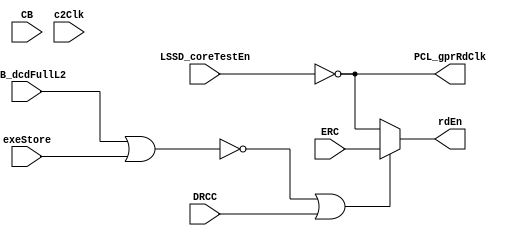
// 
// ************************************************************************** 
// 
//  Copyright (c) International Business Machines Corporation, 2005. 
// 
//  This file contains trade secrets and other proprietary and confidential 
//  information of International Business Machines Corporation which are 
//  protected by copyright and other intellectual property rights and shall 
//  not be reproduced, transferred to other documents, disclosed to others, 
//  or used for any purpose except as specifically authorized in writing by 
//  International Business Machines Corporation. This notice must be 
//  contained as part of this text at all times. 
// 
// ************************************************************************** 
//

//***********************//
// Tbird Change History  //
//***********************//
//
// NAME        DATE      DEFECT                 DESCRIPTION
// ~~~~      ~~~~~~~~    ~~~~~~            ~~~~~~~~~~~~~~~~~~~~~~
// JBB       10/22/02     2297        (1) Brought in new inputs CB1, CB4 and
//                                        output PCL_gprRdClk.  
//                                    
//                                    (2) Added calls to INVERT_E, DELAY6_F, NAND3_D,
//                                        AND2_K , and INVERT_E and wired these in for
//                                        GPR clock gating and delays.
//
// JBB       11/08/02     2299        (1) Removed CB4 from port list.  Input no longer
//                                        needed.
//                                    (2) Changed clock gating structure:
//                                        (a) Removed INVERT_E.v  (clkChopCB4INV)
//                                        (b) Removed AND2_K.v (clkChopAND2)
//                                        (c) Brought PCL_gprRdClk directly
//                                            out of NAND3_D.v (clkChopDlyNAND3)
//                              
//----------------------------------------------------------------------------//

module p405s_clkChop (CB, rdEn, DRCC, ERC, IFB_dcdFullL2, LSSD_coreTestEn, c2Clk,
                      exeStore, PCL_gprRdClk);

output  rdEn;
output  PCL_gprRdClk;

wire clkChopMuxSel;
wire funcDRC;

input  DRCC, ERC, IFB_dcdFullL2, LSSD_coreTestEn, exeStore;
//RDH unsused input pins
input  CB, c2Clk;

assign PCL_gprRdClk = ~LSSD_coreTestEn;
assign rdEn = clkChopMuxSel ? ERC : ~LSSD_coreTestEn;

assign funcDRC = ~(IFB_dcdFullL2 | exeStore);
assign clkChopMuxSel = funcDRC | DRCC;


endmodule